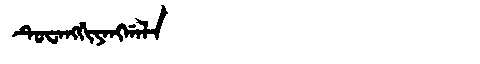
Manchu: ᡨᡠᠸᠠᠩᡤᡳᠶᠠᠩᡤᠠᠯᠠ
Romanization: TUWANGGIYANGGALA